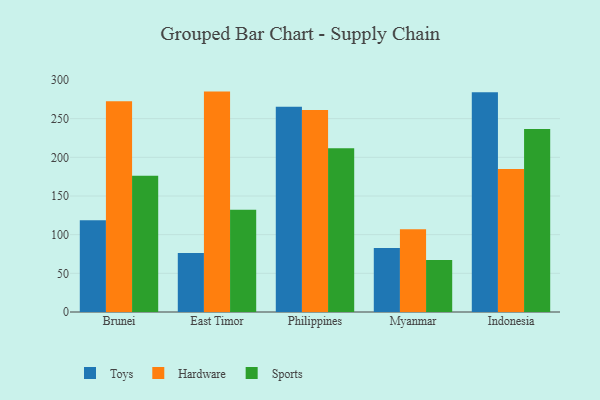
{"axis": {"x": "Country", "y": "Website Visitors"}, "legend": ["Hardware", "Sports", "Toys"], "data": [{"x": "Brunei", "y": 118.5, "type": "Toys"}, {"x": "Brunei", "y": 272.5, "type": "Hardware"}, {"x": "Brunei", "y": 176.2, "type": "Sports"}, {"x": "East Timor", "y": 76.2, "type": "Toys"}, {"x": "East Timor", "y": 285.0, "type": "Hardware"}, {"x": "East Timor", "y": 132.3, "type": "Sports"}, {"x": "Philippines", "y": 265.4, "type": "Toys"}, {"x": "Philippines", "y": 261.3, "type": "Hardware"}, {"x": "Philippines", "y": 211.7, "type": "Sports"}, {"x": "Myanmar", "y": 82.6, "type": "Toys"}, {"x": "Myanmar", "y": 107.1, "type": "Hardware"}, {"x": "Myanmar", "y": 67.3, "type": "Sports"}, {"x": "Indonesia", "y": 284.0, "type": "Toys"}, {"x": "Indonesia", "y": 184.8, "type": "Hardware"}, {"x": "Indonesia", "y": 236.5, "type": "Sports"}]}